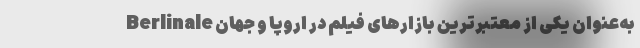
Berlinale به‌عنوان یکی از معتبرترین بازارهای فیلم در اروپا و جهان